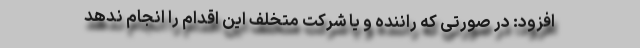
افزود: در صورتی که راننده و یا شرکت متخلف این اقدام را انجام ندهد